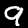
Label: 9